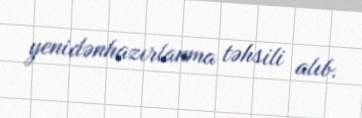
yenidənhazırlanma təhsili alıb.